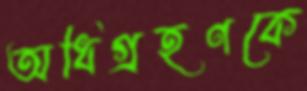
অধিগ্রহণকে